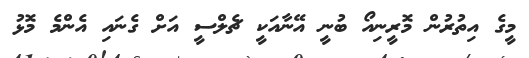
މީގެ އިތުރުން މޮރީނިއޯ ބުނީ އޭނާއަކީ ޗެލްސީ އަށް ގެނައި އެންމެ މޮޅު